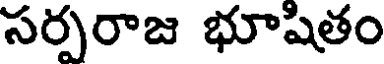
సర్పరాజ భూషితం